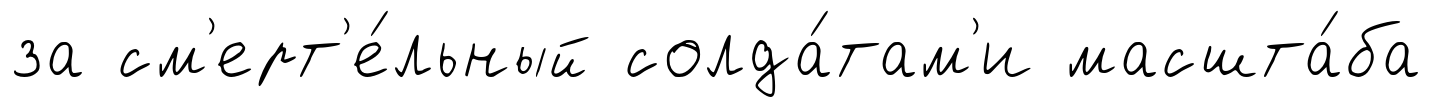
за см'ерт'е́льный солда́там'и масшта́ба